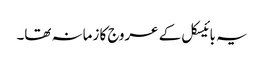
یہ بائیسکل کے عروج کا زمانہ تھا۔